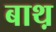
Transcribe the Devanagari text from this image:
बाथ़